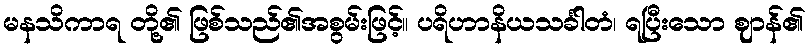
မနသိကာရ တို့၏ ဖြစ်သည်၏အစွမ်းဖြင့်။ ပရိဟာနိယသင်္ခါတံ၊ ရပြီးသော ဈာန်၏